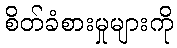
စိတ်ခံစားမှုများကို